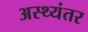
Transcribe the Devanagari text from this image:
अस्थ्यंतर